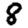
Digit: 8